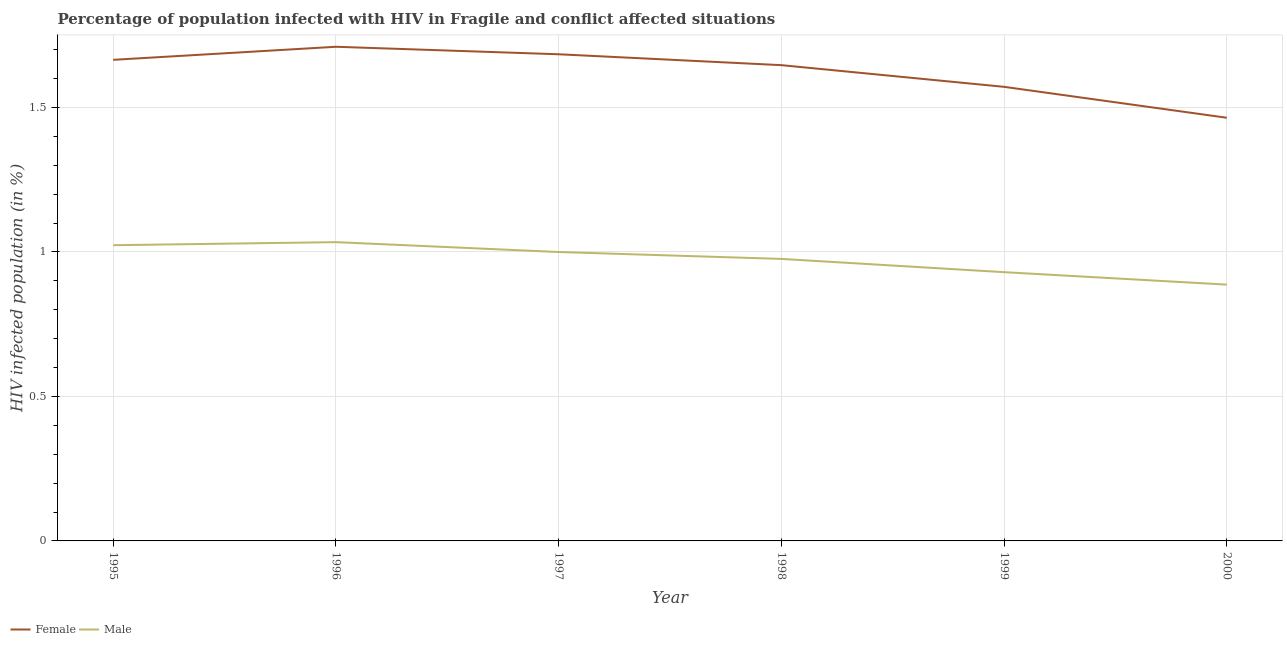
| Year | Female | Male |
 | --- | --- | --- |
 | 1995 | 1.66 | 1.02 |
 | 1996 | 1.71 | 1.03 |
 | 1997 | 1.68 | 1 |
 | 1998 | 1.65 | 0.976 |
 | 1999 | 1.57 | 0.93 |
 | 2000 | 1.46 | 0.887 |